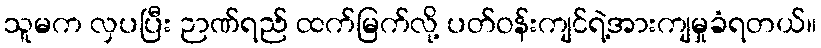
သူမက လှပပြီး ဉာဏ်ရည် ထက်မြက်လို့ ပတ်ဝန်းကျင်ရဲ့အားကျမှုခံရတယ်။